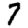
Digit: 7